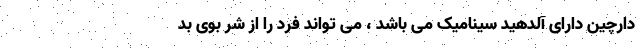
دارچین دارای آلدهید سینامیک می باشد ، می تواند فرد را از شر بوی بد